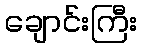
ချောင်းကြီး